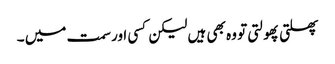
پھلتی پھولتی تو وہ بھی ہیں لیکن کسی اور سمت میں ۔